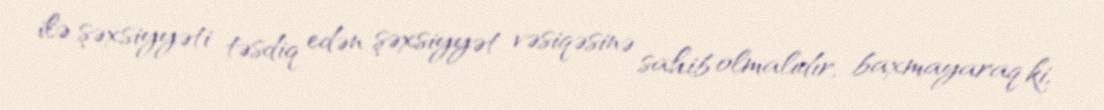
ilə şəxsiyyəti təsdiq edən şəxsiyyət vəsiqəsinə sahib olmalıdır, baxmayaraq ki,